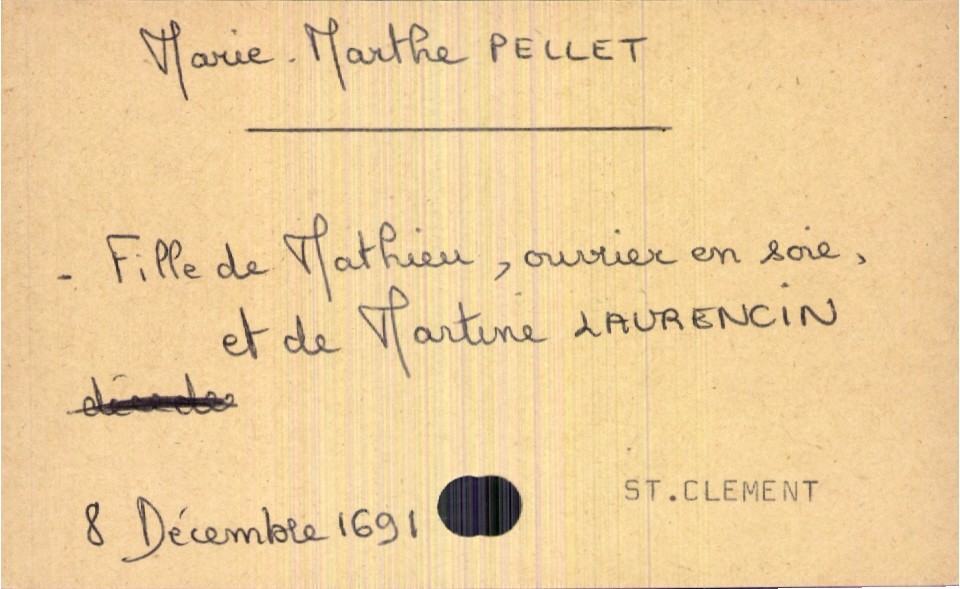
type_acte: Baptême
filiation: fille
enfant_prénom: Marie-Marthe
enfant_date_de_naissance: 8 décembre 1691
enfant_lieu_de_naissance: Saint Clement
père_enfant_nom: Pellet
père_enfant_prénom: Mathieu
père_enfant_profession: ouvrier en soie
mère_enfant_nom: Laurencin
mère_enfant_prénom: Martine